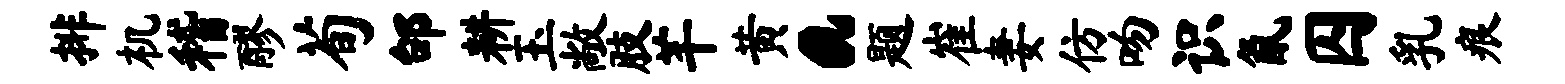
排机稽醪荀邰耕玉敞肢芊黄a题崔妻仿吻识氤囚乳痕